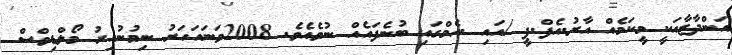
އަންދާޒާއަކީ މީކަމެއް އާރު.އެފް.ޕީ /އައި .އެމްގައި ބުނެފައެއް ނުވެއެވެ. 2008ވަނައަހަރު ނިމުނުއިރު މޯލްޑިވްސް